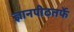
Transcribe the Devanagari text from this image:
ज्ञानपीठतर्फे